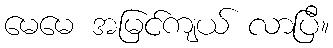
မေမေ အမြင်ကျယ် လာပြီ။